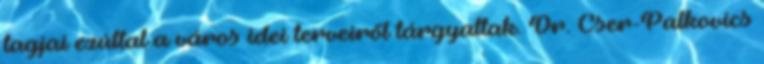
tagjai ezúttal a város idei terveiről tárgyaltak. Dr. Cser-Palkovics